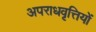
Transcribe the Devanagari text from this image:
अपराधवृत्तियों